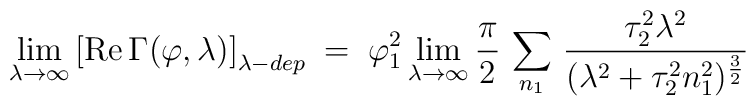
\lim_{\lambda \to \infty}\left[ {\rm Re} \, \Gamma (\varphi , \lambda)\right]_{\lambda - dep} \;=\; \varphi_1^2 \lim_{\lambda \to \infty}\frac{\pi}{2} \, \sum_{n_1} \,\frac{\tau_2^2 \lambda^2}{(\lambda^2 + \tau_2^2n_1^2)^{\frac{3}{2}}} \,